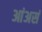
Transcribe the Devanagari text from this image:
आंअसं